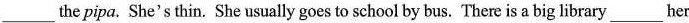
______the pipa. She's thin. She usually goes to school by bus. There is a big library______her